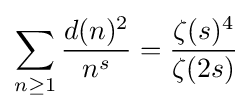
\sum _{n\geq 1}{\frac {d(n)^{2}}{n^{s}}}={\frac {\zeta (s)^{4}}{\zeta (2s)}}